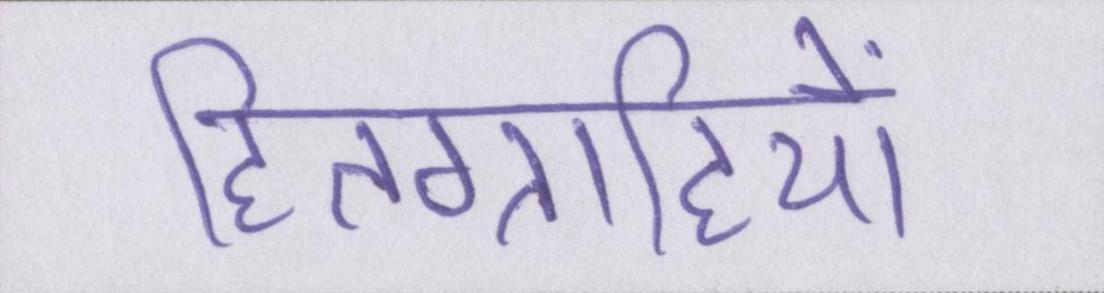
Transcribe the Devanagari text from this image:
हितग्राहियों